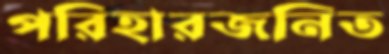
পরিহারজনিত